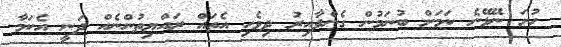
ހުށަ ނޭޅޭނެ ކަމަށް ބުނަމުން ގެންދާއިރު ދިވެހި އެތައް ރައްޔިތުންނެއް ދަނީ އެކަމާ